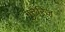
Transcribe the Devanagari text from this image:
गुटेरिज